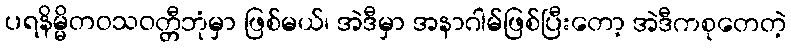
ပရနိမ္မိတဝသဝတ္တီဘုံမှာ ဖြစ်မယ်၊ အဲဒီမှာ အနာဂါမ်ဖြစ်ပြီးတော့ အဲဒီကစုတေတဲ့